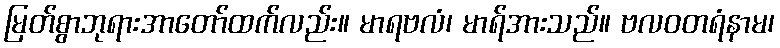
မြတ်စွာဘုရားအာတော်ထက်လည်း။ မာရဗလံ၊ မာရ်အားသည်။ ဗလဝတရံနာမ၊